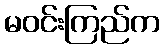
မဝင်းကြည်က